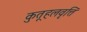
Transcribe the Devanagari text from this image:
कुतूहलवृत्ति